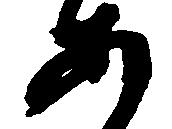
あ